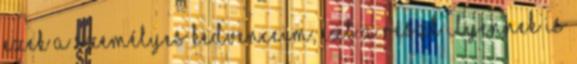
ezek a személyes kedvenceim, ezt a részt ilyennek is